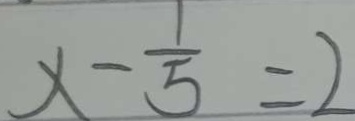
x - \frac { 1 } { 5 } = 2